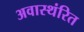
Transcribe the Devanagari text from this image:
अवास्थंरित